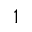
^ 1